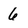
Character: 6